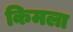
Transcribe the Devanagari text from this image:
किमला